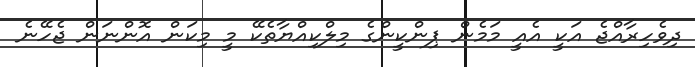
ދިވެހިރާއްޖެ އަކީ އެއީ މަމެން ޕިންކީންގެ މިލްކިއްްޔާތެކޭ މީ މިކަން އޮންނަން ޖެހޭނެ